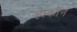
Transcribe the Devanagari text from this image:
हाकॉन